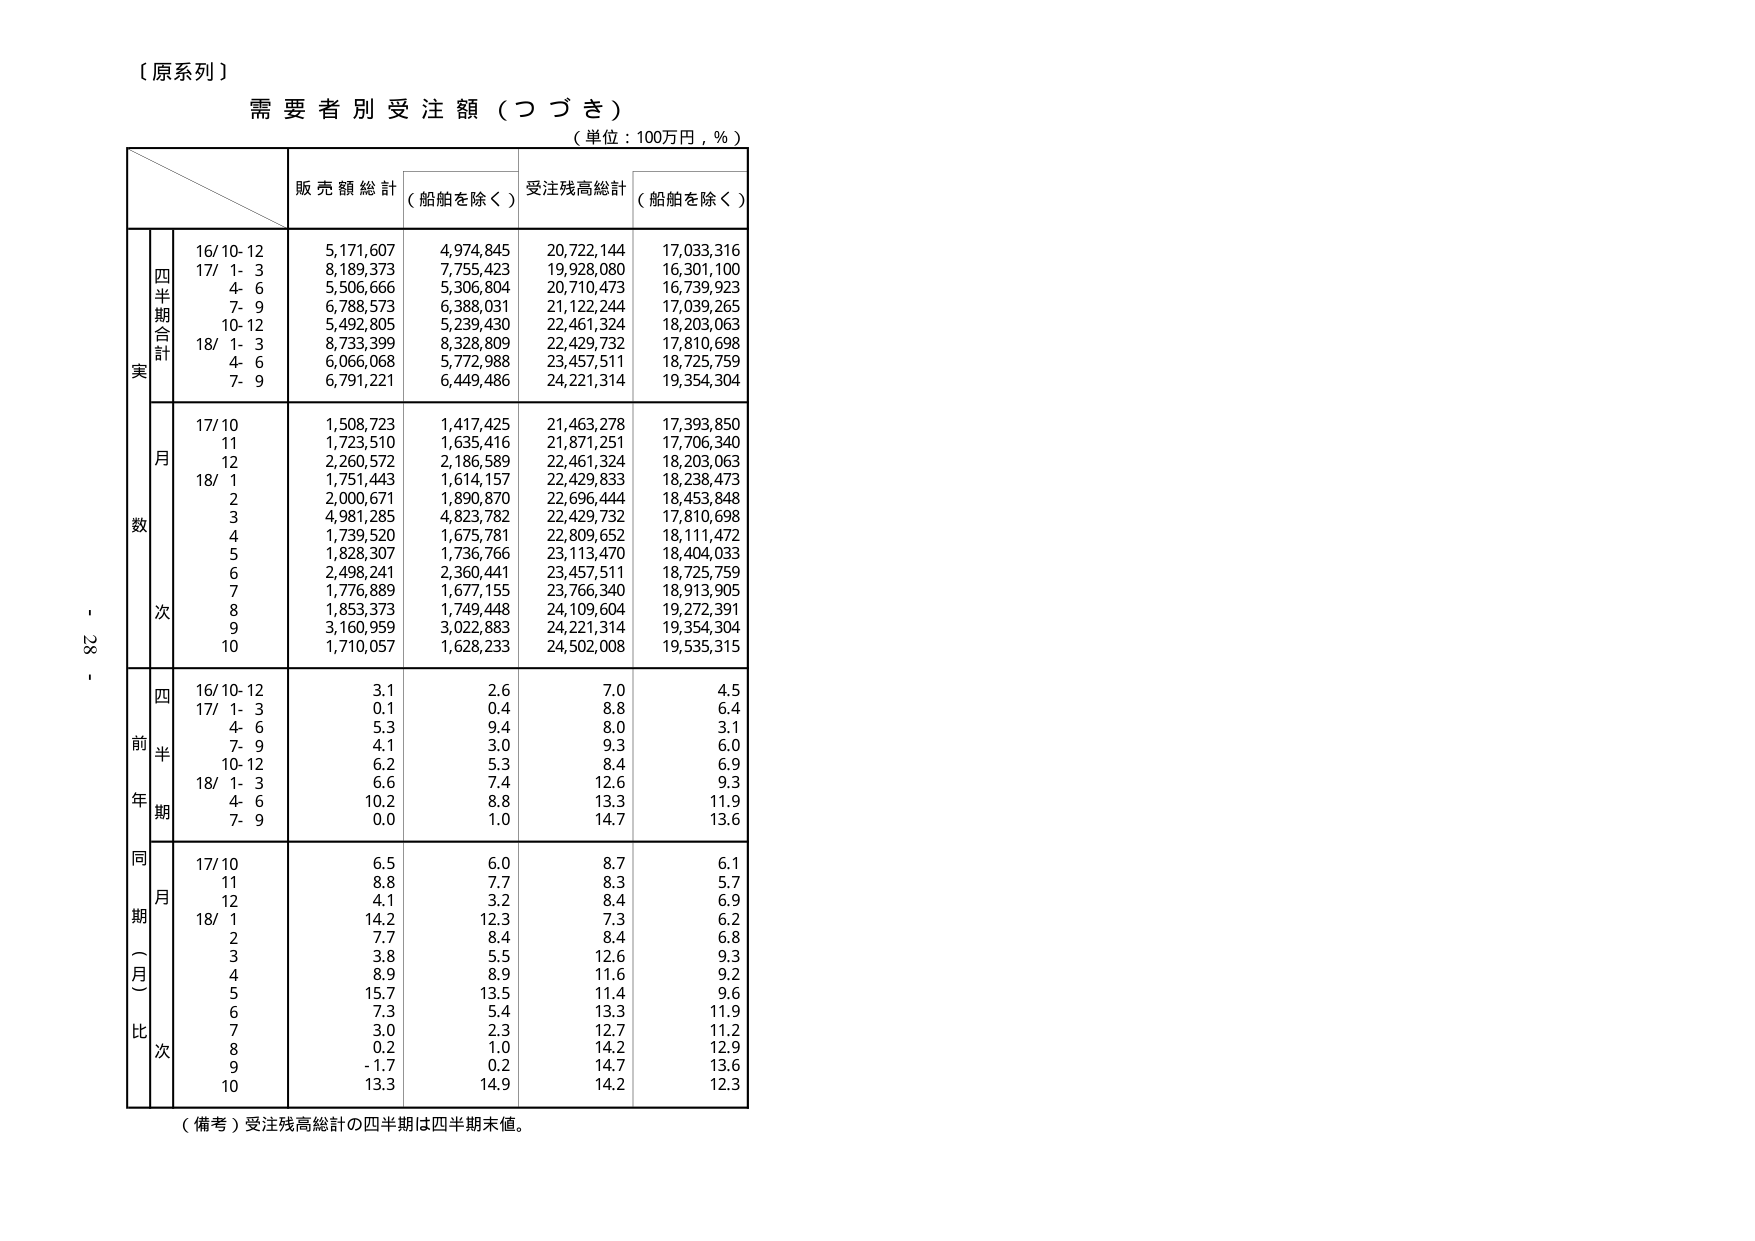
【原系列】
需要者別受注額（つづき）
（単位：100万円，％）

販売額総計 （船舶を除く） 受注残高総計 （船舶を除く）

実 四半期合計
16/10-12 5,171,607 4,974,845 20,722,144 17,033,316
17/ 1- 3 8,189,373 7,755,423 19,928,080 16,301,100
4- 6 5,506,666 5,306,804 20,710,473 16,739,923
7- 9 6,788,573 6,388,031 21,122,244 17,039,265
10-12 5,492,805 5,239,430 22,461,324 18,203,063
18/ 1- 3 8,733,399 8,328,809 22,429,732 17,810,698
4- 6 6,066,068 5,772,988 23,457,511 18,725,759
7- 9 6,791,221 6,449,486 24,221,314 19,354,304

数 月
17/10 1,508,723 1,417,425 21,463,278 17,393,850
11 1,723,510 1,635,416 21,871,251 17,706,340
12 2,260,572 2,186,589 22,461,324 18,203,063
18/ 1 1,751,443 1,614,157 22,429,833 18,238,473
2 2,000,671 1,890,870 22,696,444 18,453,848
3 4,981,285 4,823,782 22,429,732 17,810,698
4 1,739,520 1,675,781 22,809,652 18,111,472
5 1,828,307 1,736,766 23,113,470 18,404,033
6 2,498,241 2,360,441 23,457,511 18,725,759
7 1,776,889 1,677,155 23,766,340 18,913,905
8 1,853,373 1,749,448 24,109,604 19,272,391
9 3,160,959 3,022,883 24,221,314 19,354,304
10 1,710,057 1,628,233 24,502,008 19,535,315

次

前年同期 四半期
16/10-12 3.1 2.6 7.0 4.5
17/ 1- 3 0.1 0.4 8.8 6.4
4- 6 5.3 9.4 8.0 3.1
7- 9 4.1 3.0 9.3 6.0
10-12 6.2 5.3 8.4 6.9
18/ 1- 3 6.6 7.4 12.6 9.3
4- 6 10.2 8.8 13.3 11.9
7- 9 0.0 1.0 14.7 13.6

同期（月）比次
17/10 6.5 6.0 8.7 6.1
11 8.8 7.7 8.3 5.7
12 4.1 3.2 8.4 6.9
18/ 1 14.2 12.3 7.3 6.2
2 7.7 8.4 8.4 6.8
3 3.8 5.5 12.6 9.3
4 8.9 8.9 11.6 9.2
5 15.7 13.5 11.4 9.6
6 7.3 5.4 13.3 11.9
7 3.0 2.3 12.7 11.2
8 0.2 1.0 14.2 12.9
9 -1.7 0.2 14.7 13.6
10 13.3 14.9 14.2 12.3

（備考）受注残高総計の四半期は四半期末値。

- 28 -